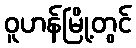
ဝူဟန်မြို့တွင်